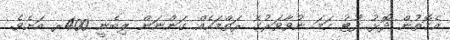
އެގޮތުން ދޮޅު ފޫޓު ހަމަ ނުވާވަރުގެ ރަތްމަހެއް ގަންނަން ލިބެނީ 400ރ އަށެވެ.